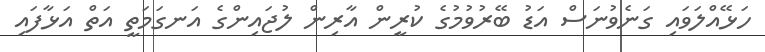
ހަޅޭއްލަވައި ގަނެވުނަސް އަޑު ބޭރުވުމުގެ ކުރީން އާރިން ލުޖައިންގެ އަނގަމަތީ އަތް އަޅާފައި